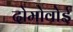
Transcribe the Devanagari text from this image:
दोमोवोई